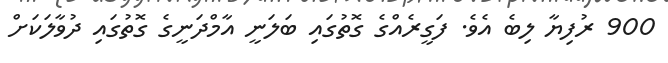
900 ރުފިޔާ ލިބެ އެވެ. ފަގީރެއްގެ ގޮތުގައި ބަލަނީ އާމްދަނީގެ ގޮތުގައި ދުވާލަކަށް